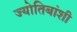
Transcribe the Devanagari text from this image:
ज्योतिबांशी